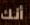
أنك